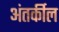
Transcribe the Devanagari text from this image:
अंतर्कील